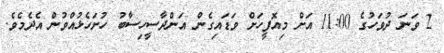
2 ވަނަ ދުވަހުގެ 11:00 އަށް މިއޮފީހަށް ވަޑައިގެން އަންދާސީހިސާބު ހުށަހެޅުއްވުން އެދެމެވެ.